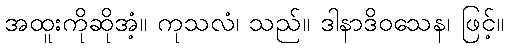
အထူးကိုဆိုအံ့။ ကုသလံ၊ သည်။ ဒါနာဒိဝသေန၊ ဖြင့်။